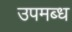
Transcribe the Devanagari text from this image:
उपमब्ध